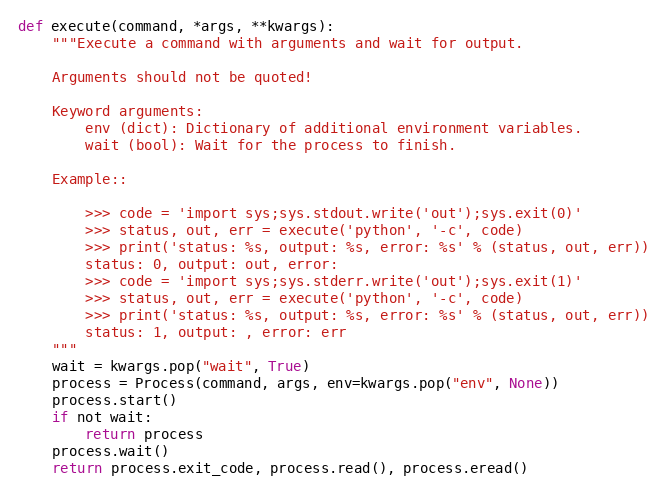
Language: Python
def execute(command, *args, **kwargs):
    """Execute a command with arguments and wait for output.

    Arguments should not be quoted!

    Keyword arguments:
        env (dict): Dictionary of additional environment variables.
        wait (bool): Wait for the process to finish.

    Example::

        >>> code = 'import sys;sys.stdout.write('out');sys.exit(0)'
        >>> status, out, err = execute('python', '-c', code)
        >>> print('status: %s, output: %s, error: %s' % (status, out, err))
        status: 0, output: out, error:
        >>> code = 'import sys;sys.stderr.write('out');sys.exit(1)'
        >>> status, out, err = execute('python', '-c', code)
        >>> print('status: %s, output: %s, error: %s' % (status, out, err))
        status: 1, output: , error: err
    """
    wait = kwargs.pop("wait", True)
    process = Process(command, args, env=kwargs.pop("env", None))
    process.start()
    if not wait:
        return process
    process.wait()
    return process.exit_code, process.read(), process.eread()